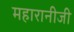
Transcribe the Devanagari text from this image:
महारानीजी